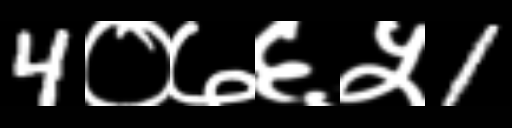
Text: 4०७६५1